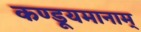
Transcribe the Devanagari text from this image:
कण्डूयमानाम्